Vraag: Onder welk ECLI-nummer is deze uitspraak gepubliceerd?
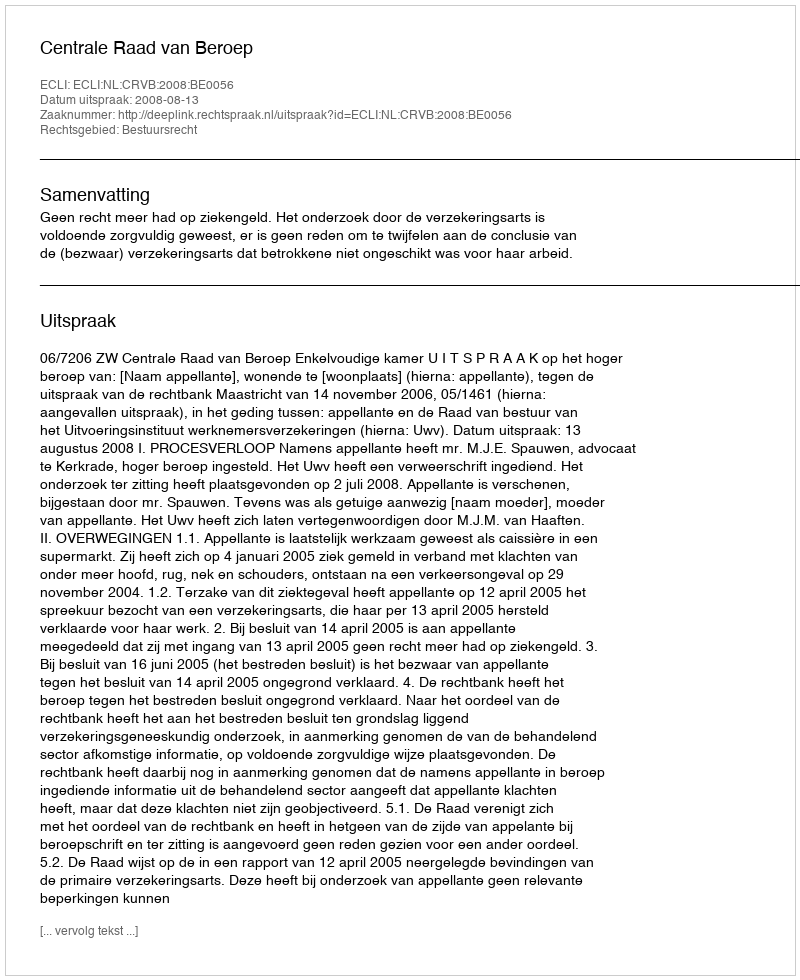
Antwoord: ECLI:NL:CRVB:2008:BE0056